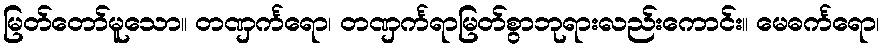
မြတ်တော်မူသော။ တဏှင်္ကရော၊ တဏှင်္ကရာမြတ်စွာဘုရားလည်းကောင်း။ မေဓင်္ကရော၊